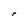
Character: r